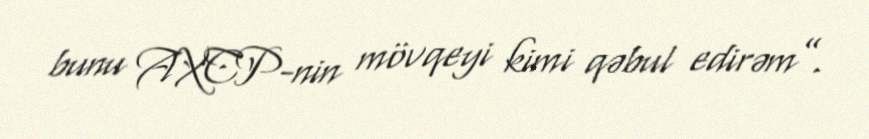
bunu AXCP-nin mövqeyi kimi qəbul edirəm”.